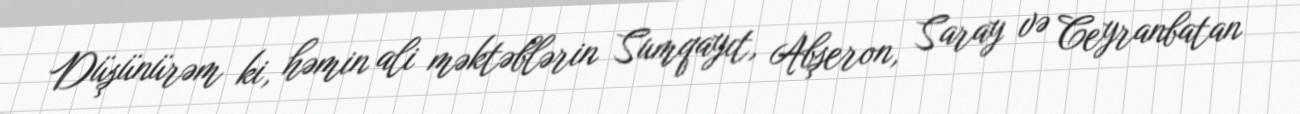
Düşünürəm ki, həmin ali məktəblərin Sumqayıt, Abşeron, Saray və Ceyranbatan